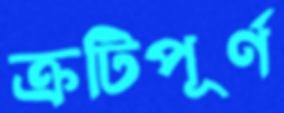
ক্রটিপূর্ণ